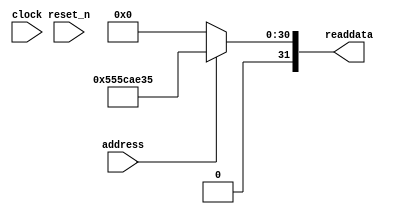
module mi_nios_sysid (
                address,
                clock,
                reset_n,
                readdata
             )
;
  output  [ 31: 0] readdata;
  input            address;
  input            clock;
  input            reset_n;
  wire    [ 31: 0] readdata;
  assign readdata = address ? 1432137269 : 0;
endmodule